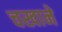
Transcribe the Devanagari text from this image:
चखाने